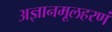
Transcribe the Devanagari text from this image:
अज्ञानमूलहरणं